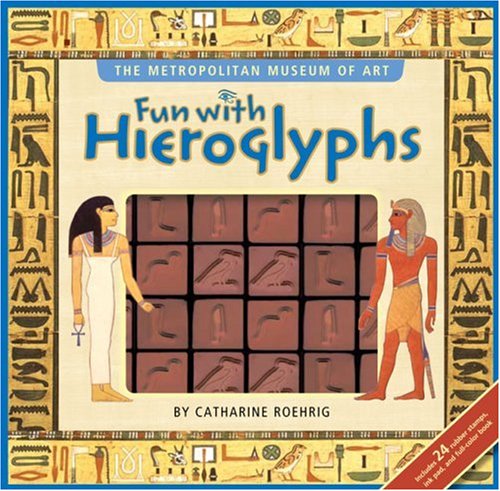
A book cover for Fun with Hieroglyphs; Metropolitan Museum of Art; Children's Books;